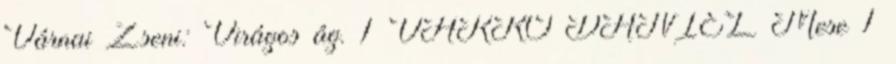
Várnai Zseni: Virágos ág. 1 VARRÓ DÁNIEL Mese 1